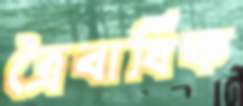
ত্রৈবার্ষিক